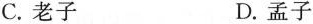
C.老子 D.孟子